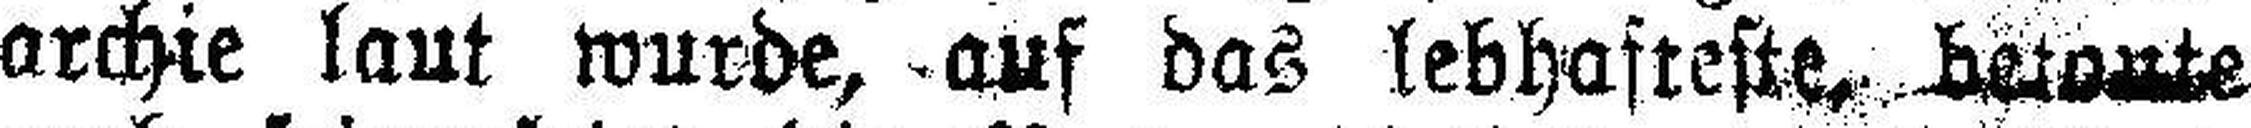
archie laut wurde, auf das lebhafteste, betonte